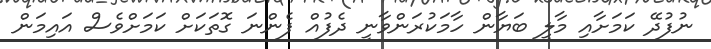
ނުފުދޭ ކަމަށާއި މާލީ ބަޔާން ހާމަކުރަންވާނީ ދެފުއް ފެންނަ ގޮތަކަށް ކަމަށްވެސް އައިމަން